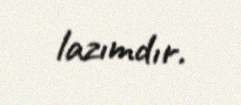
lazımdır.